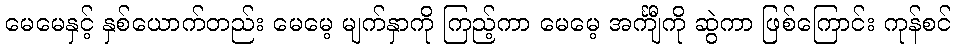
မေမေနှင့် နှစ်ယောက်တည်း မေမေ့ မျက်နှာကို ကြည့်ကာ မေမေ့ အင်္ကျီကို ဆွဲကာ ဖြစ်ကြောင်း ကုန်စင်